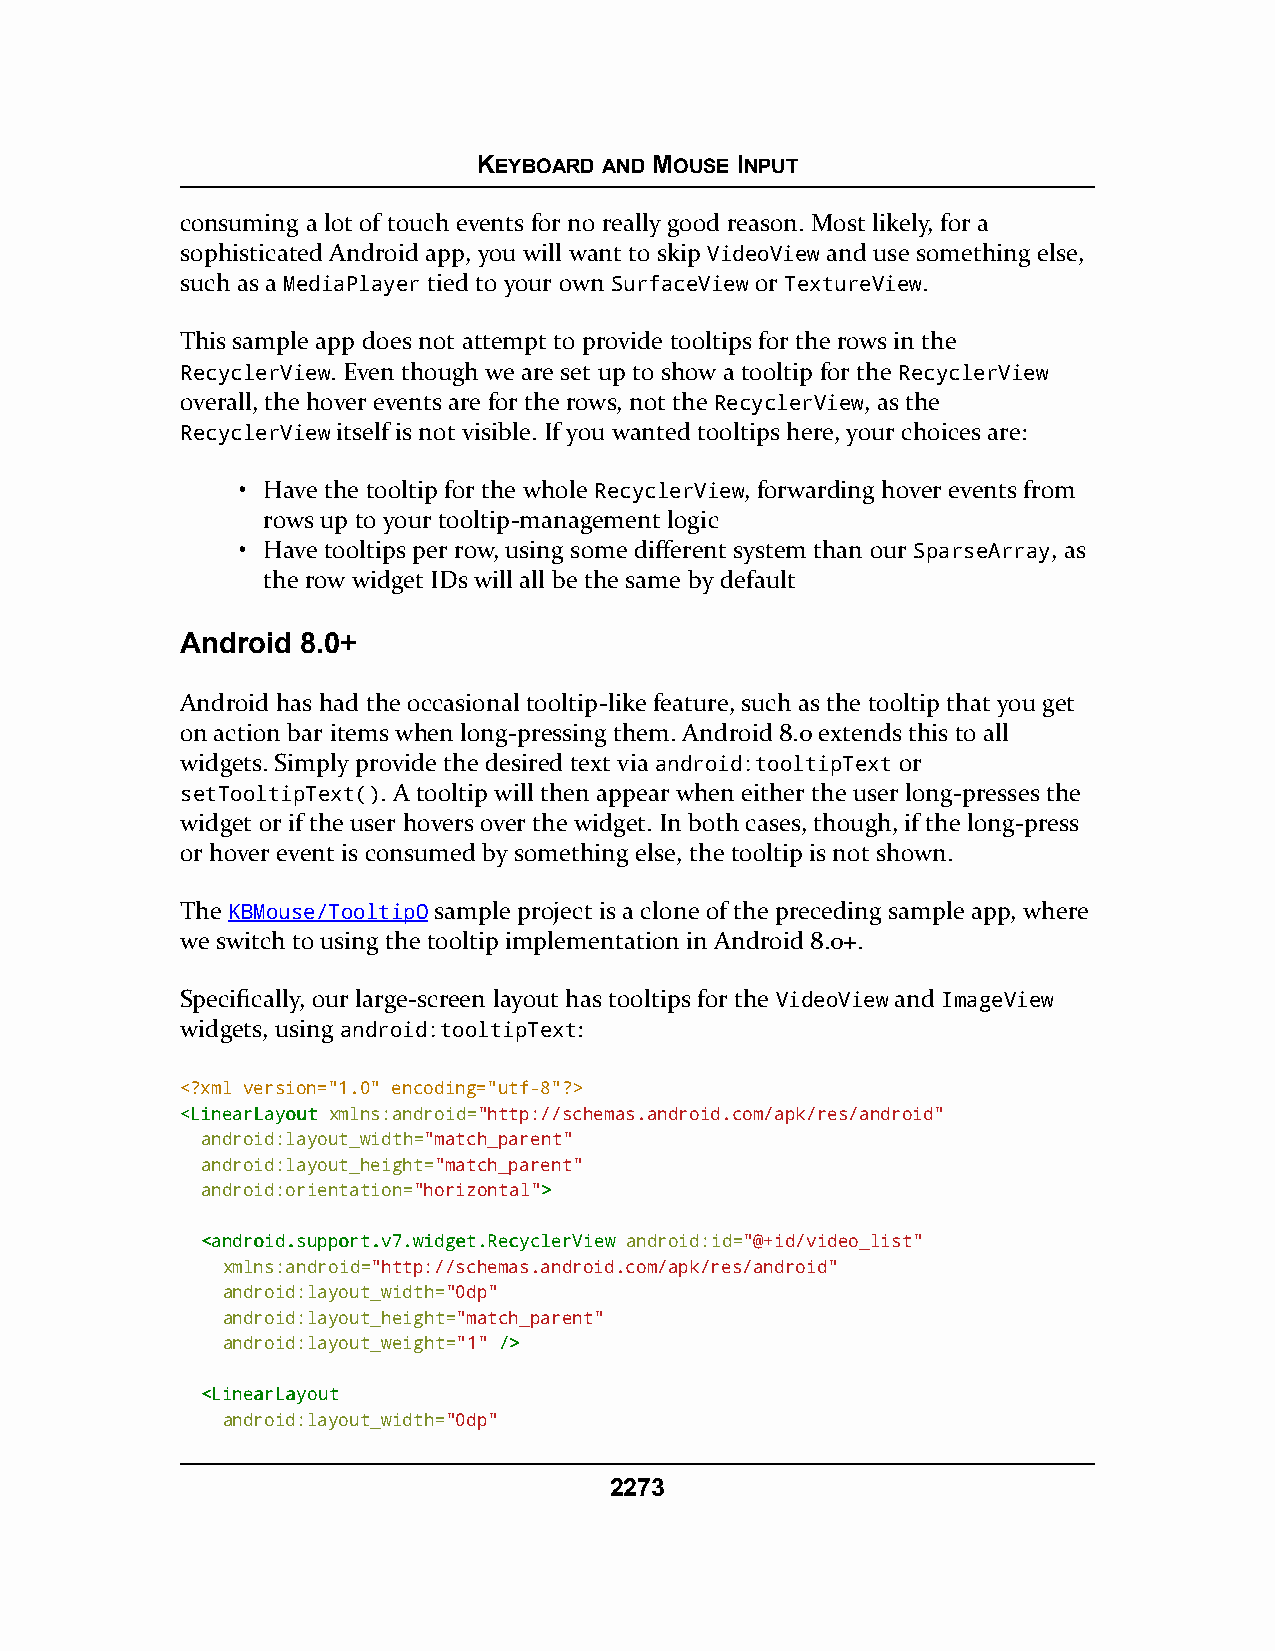
KEYBOARD AND MOUSE INPUT
 consuming a lot of touch events for no really good reason. Most likely, for a
 sophisticated Android app, you will want to skip VideoView and use something else,
 such as a MediaPlayer tied to your own SurfaceView or TextureView.
 This sample app does not attempt to provide tooltips for the rows in the
 RecyclerView. Even though we are set up to show a tooltip for the RecyclerView
 overall, the hover events are for the rows, not the RecyclerView, as the
 RecyclerView itself is not visible. If you wanted tooltips here, your choices are:
 • Have the tooltip for the whole RecyclerView, forwarding hover events from
 rows up to your tooltip-management logic
 • Have tooltips per row, using some different system than our SparseArray, as
 the row widget IDs will all be the same by default
 Android 8.0+
 Android has had the occasional tooltip-like feature, such as the tooltip that you get
 on action bar items when long-pressing them. Android 8.0 extends this to all
 widgets. Simply provide the desired text via android:tooltipText or
 setTooltipText(). A tooltip will then appear when either the user long-presses the
 widget or if the user hovers over the widget. In both cases, though, if the long-press
 or hover event is consumed by something else, the tooltip is not shown.
 The KBMouse/TooltipO sample project is a clone of the preceding sample app, where
 we switch to using the tooltip implementation in Android 8.0+.
 Specifically, our large-screen layout has tooltips for the VideoView and ImageView
 widgets, using android:tooltipText:
 <?xml version="1.0" encoding="utf-8"?>
 <<LLiinneeaarrLLaayyoouutt xmlns:android="http://schemas.android.com/apk/res/android"
 android:layout_width="match_parent"
 android:layout_height="match_parent"
 android:orientation="horizontal">>
 <<aannddrrooiidd..ssuuppppoorrtt..vv77..wwiiddggeett..RReeccyycclleerrVViieeww android:id="@+id/video_list"
 xmlns:android="http://schemas.android.com/apk/res/android"
 android:layout_width="0dp"
 android:layout_height="match_parent"
 android:layout_weight="1" //>>
 <<LLiinneeaarrLLaayyoouutt
 android:layout_width="0dp"
 2273